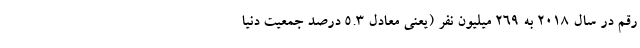
رقم در سال ۲۰۱۸ به ۲۶۹ میلیون نفر (یعنی معادل ۵.۳ درصد جمعیت دنیا